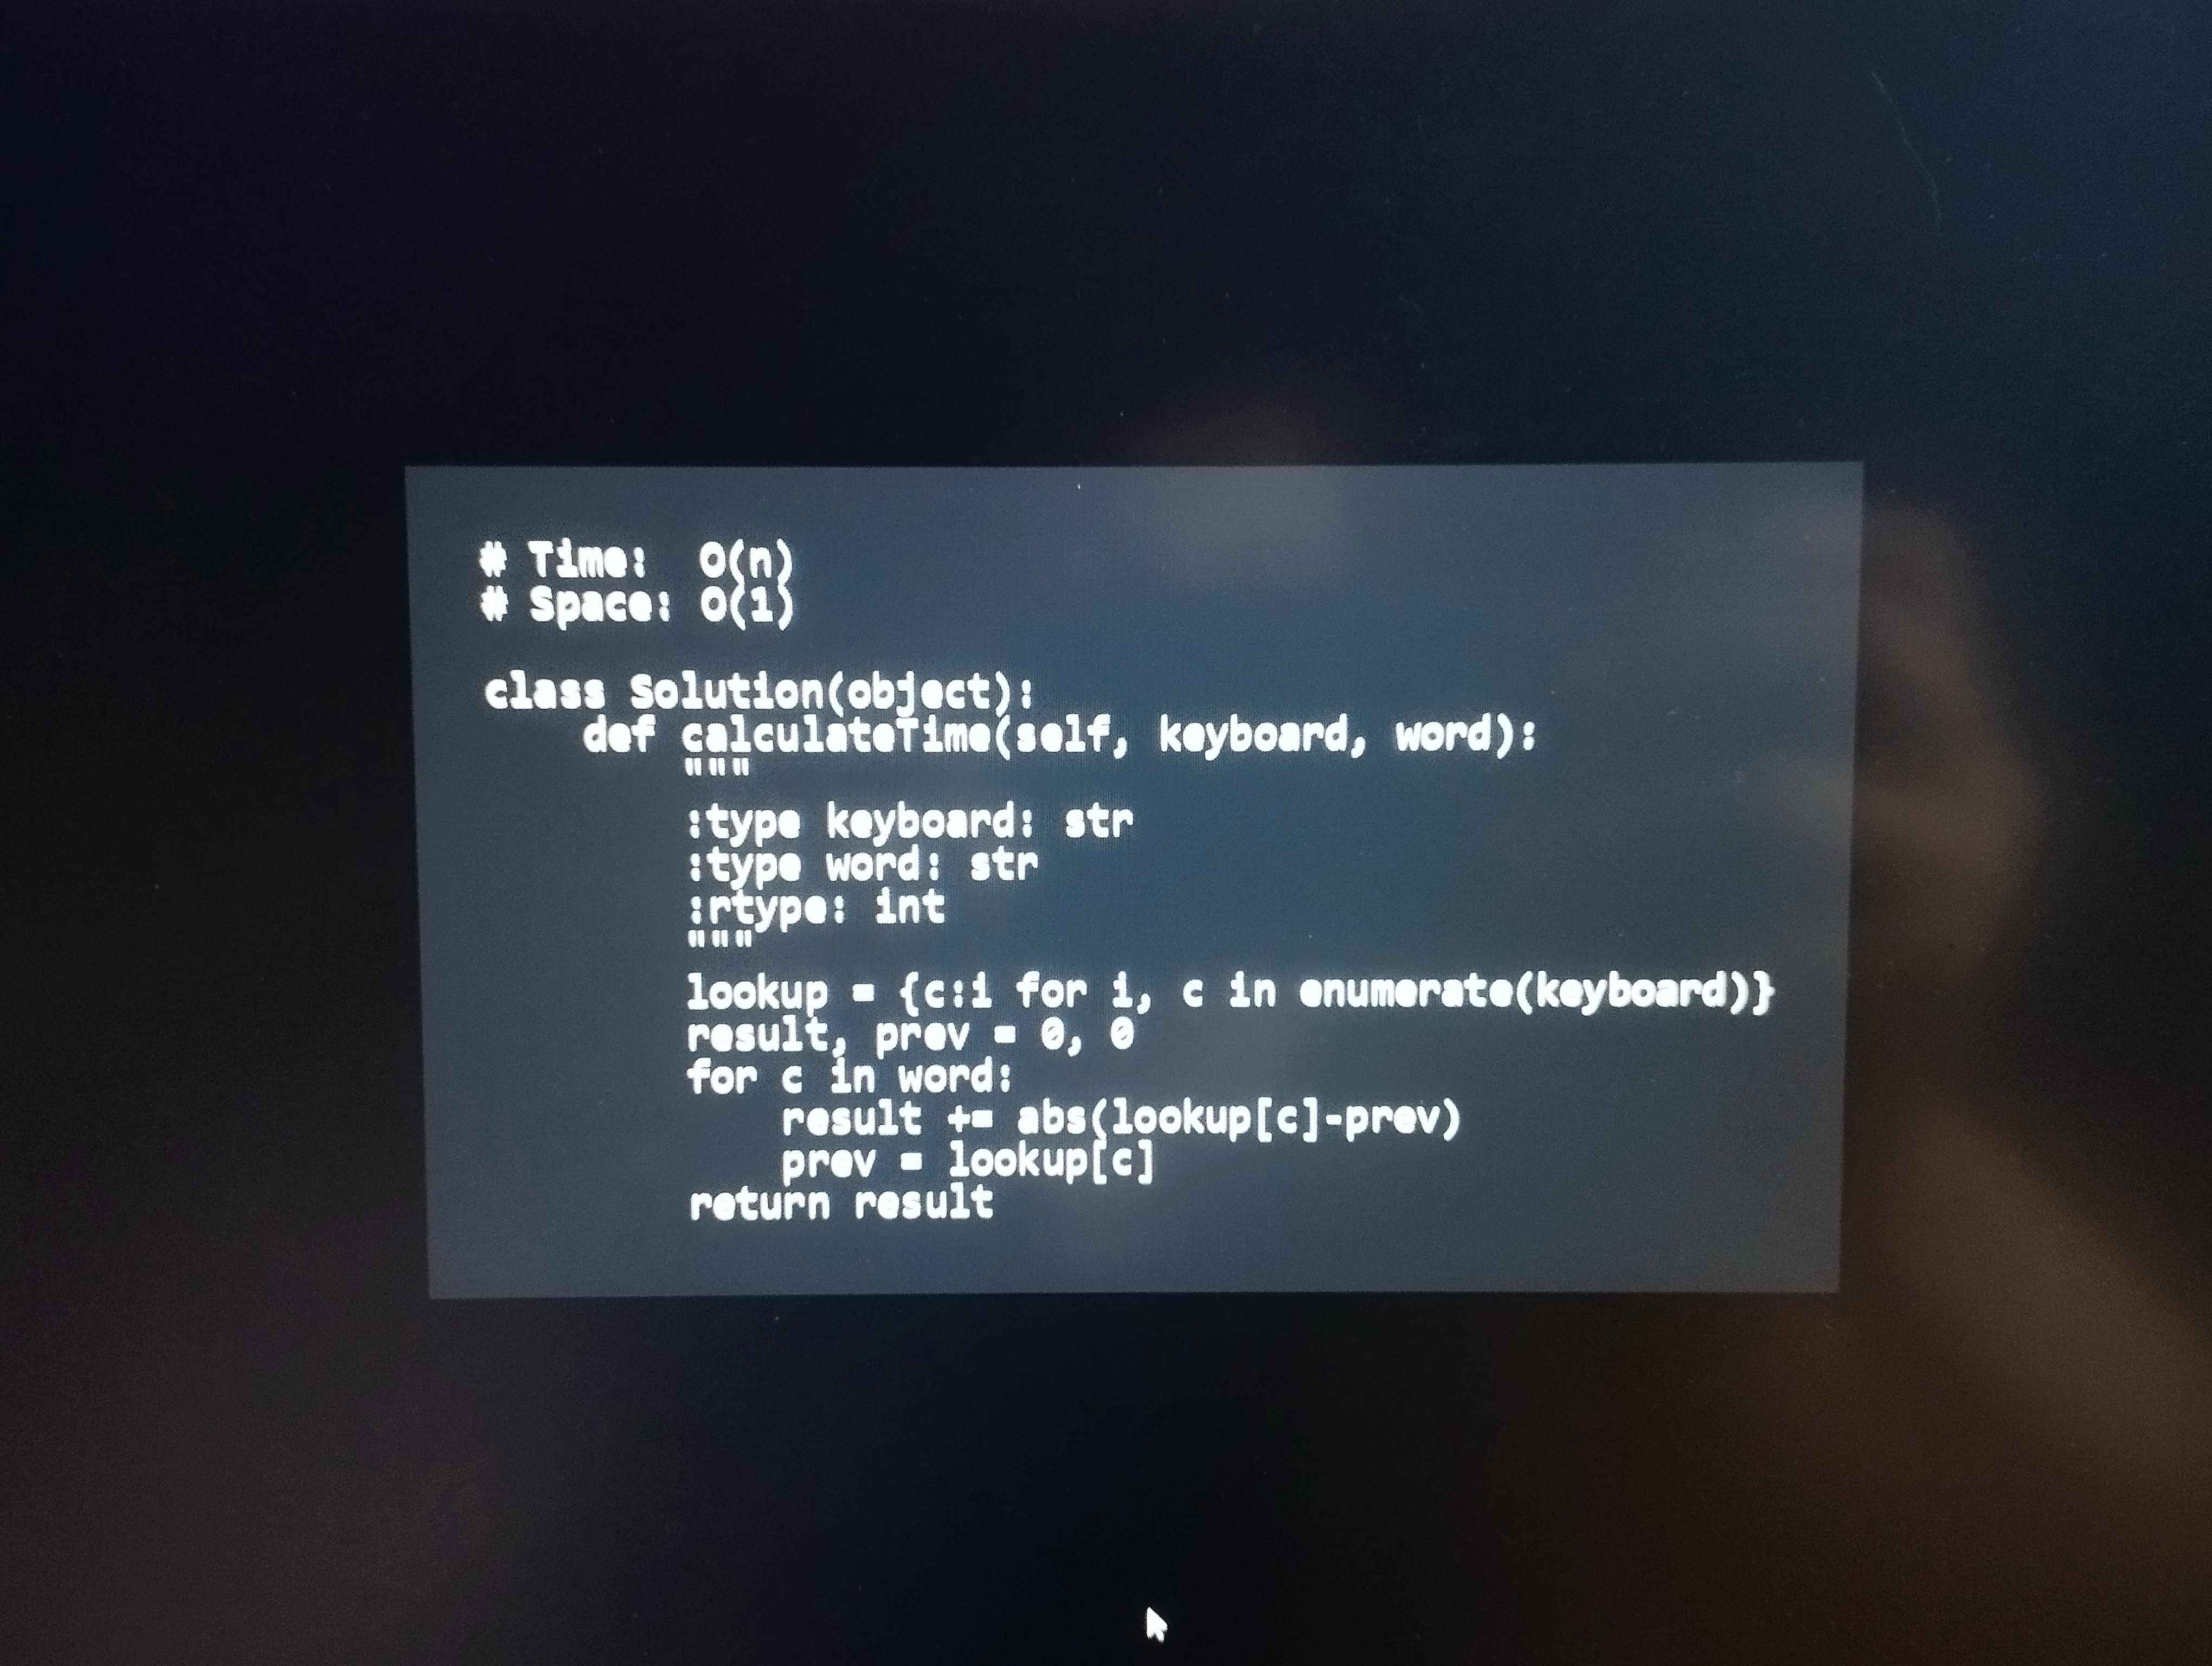
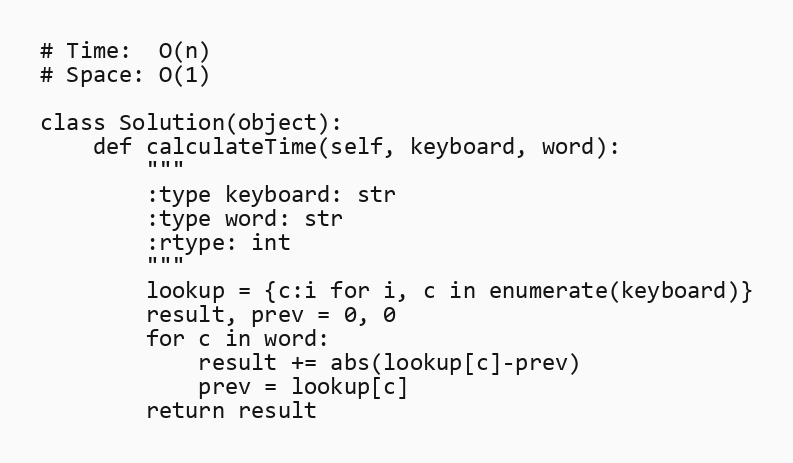
# Time:  O(n)
# Space: O(1)

class Solution(object):
    def calculateTime(self, keyboard, word):
        """
        :type keyboard: str
        :type word: str
        :rtype: int
        """
        lookup = {c:i for i, c in enumerate(keyboard)}
        result, prev = 0, 0
        for c in word:
            result += abs(lookup[c]-prev)
            prev = lookup[c]
        return result